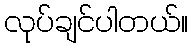
လုပ်ချင်ပါတယ်။